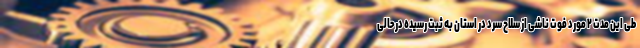
طی این مدت ۲ مورد فوت ناشی از سلاح سرد در استان به ثبت رسیده درحالی